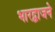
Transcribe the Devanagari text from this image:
भारद्वाजने